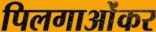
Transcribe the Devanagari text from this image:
पिलगाओंकर